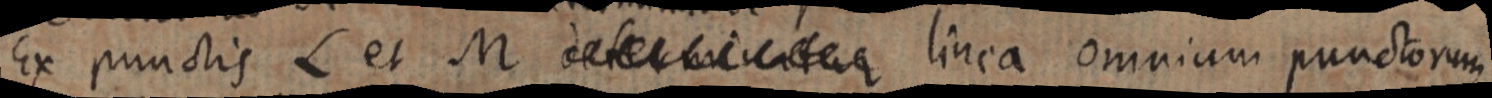
Ex punctis L et M determinatur linea omnium punctorum